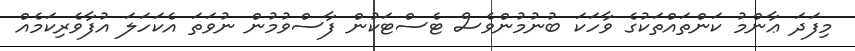
މިފަދަ ޢާންމު ކަންތައްތަކުގެ ވާހަކަ ބުނުމުންވެސް ޓެސްޓަކުން ފާސްވުމުން ނުވަތަ އެކަހަލަ އުފާވެރިކަމެއް